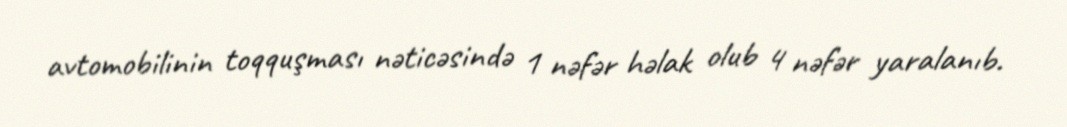
avtomobilinin toqquşması nəticəsində 1 nəfər həlak olub 4 nəfər yaralanıb.